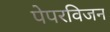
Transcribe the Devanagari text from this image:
पेपरविजन